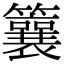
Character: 䉴